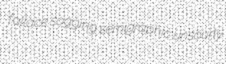
fallace sogging semigraphic unsourly